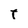
Character: t